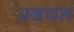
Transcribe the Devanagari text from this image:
अन्नयन